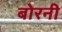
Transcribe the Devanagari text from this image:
बोरनी